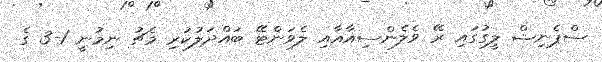
ސްޕެނިޝް ލީގުގައި ރޭ ވެލެންސިއާއާއި ލެވަންޓޭ ބައްދަލުކުރި މެޗު ނިމުނީ 1-3 ގެ